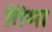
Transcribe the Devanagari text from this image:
तिमा